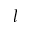
l